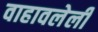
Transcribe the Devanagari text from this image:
वाहावलेली